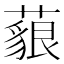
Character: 𦾜